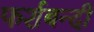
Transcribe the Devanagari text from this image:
फर्शबन्दी